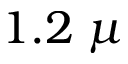
1 . 2 \; \mu